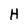
Character: H